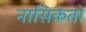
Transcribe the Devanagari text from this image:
नासिकेतो